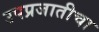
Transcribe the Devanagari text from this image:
उपप्रजातीचा